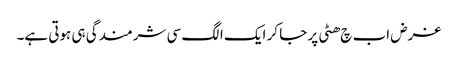
غرض اب چ ھٹی پر جا کر ایک الگ سی شرمندگی ہی ہوتی ہے۔